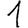
Digit: 1